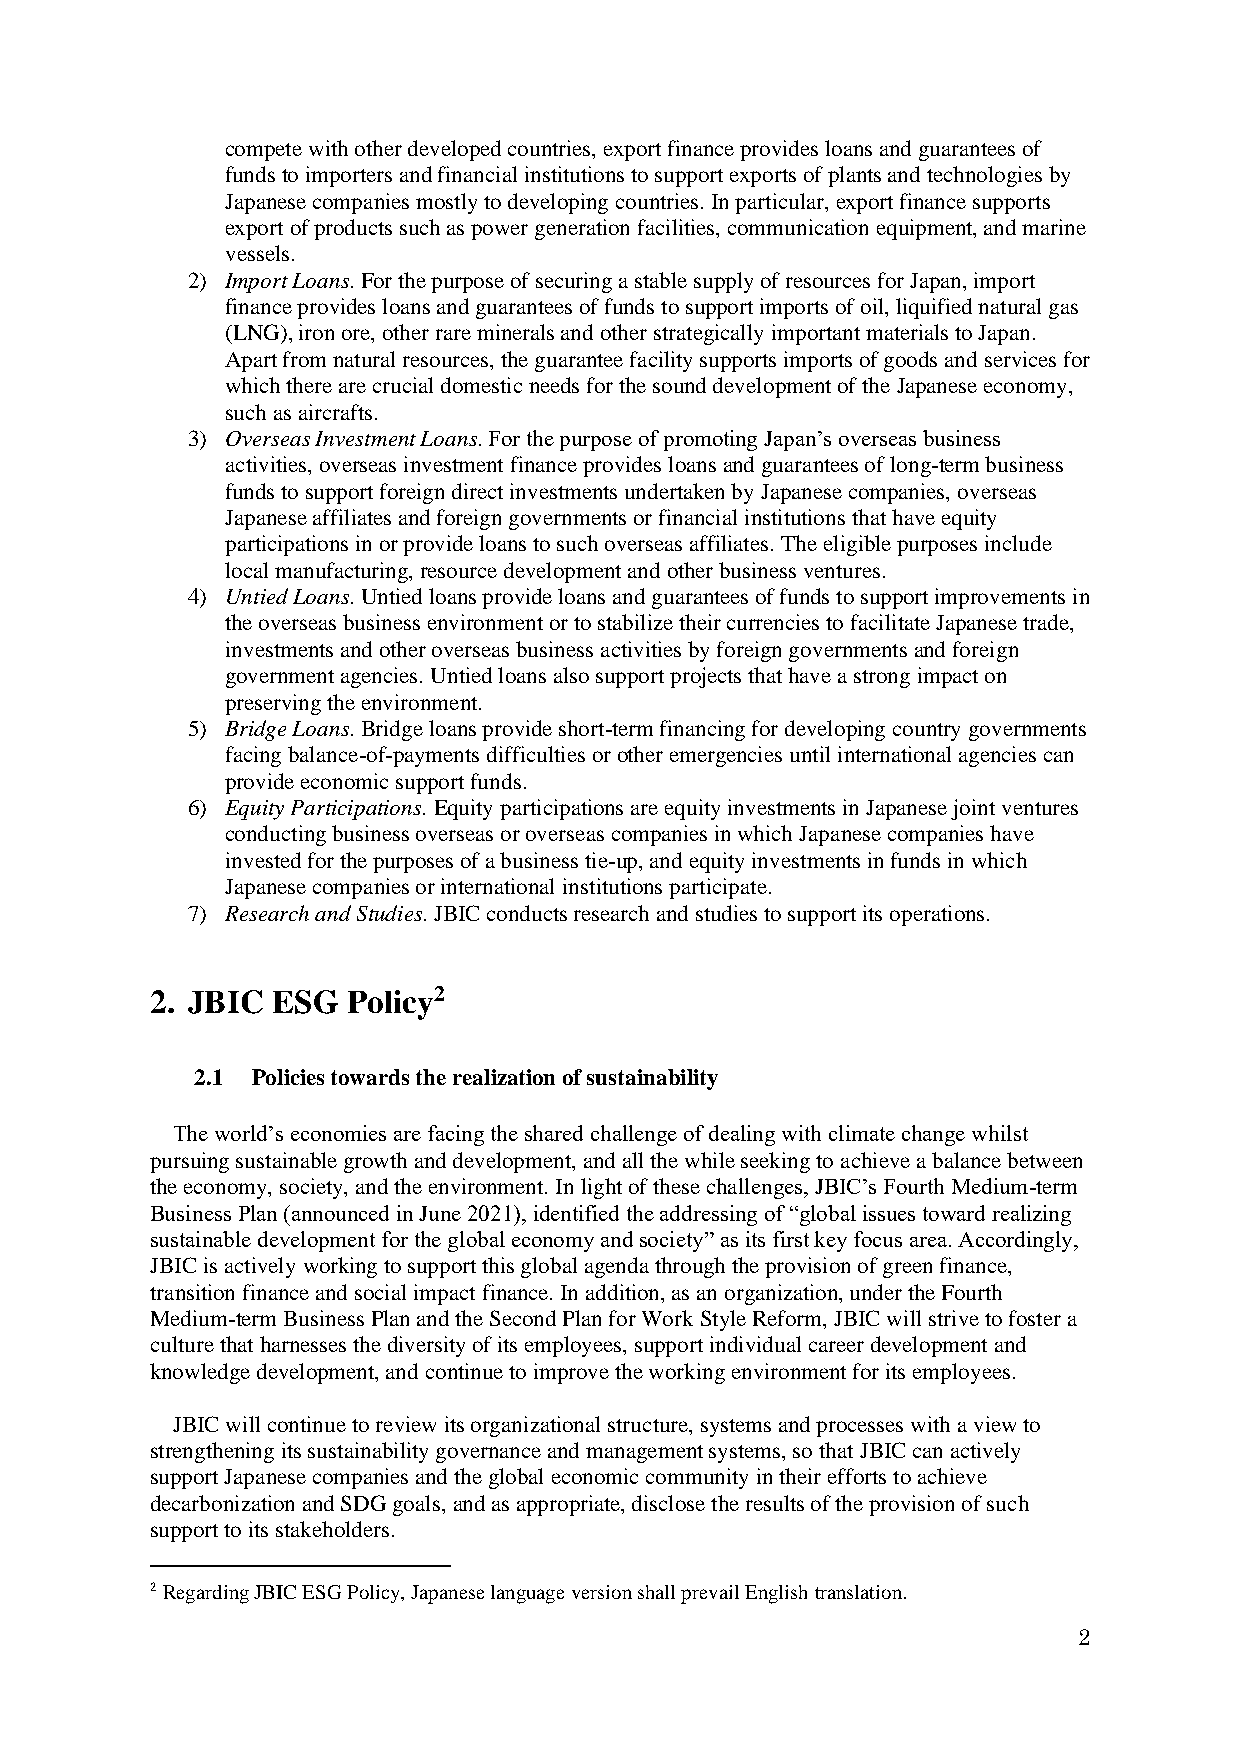
compete with other developed countries, export finance provides loans and guarantees of
 funds to importers and financial institutions to support exports of plants and technologies by
 Japanese companies mostly to developing countries. In particular, export finance supports
 export of products such as power generation facilities, communication equipment, and marine
 vessels.
 2) Import Loans. For the purpose of securing a stable supply of resources for Japan, import
 finance provides loans and guarantees of funds to support imports of oil, liquified natural gas
 (LNG), iron ore, other rare minerals and other strategically important materials to Japan.
 Apart from natural resources, the guarantee facility supports imports of goods and services for
 which there are crucial domestic needs for the sound development of the Japanese economy,
 such as aircrafts.
 3) Overseas Investment Loans. For the purpose of promoting Japan’s overseas business
 activities, overseas investment finance provides loans and guarantees of long-term business
 funds to support foreign direct investments undertaken by Japanese companies, overseas
 Japanese affiliates and foreign governments or financial institutions that have equity
 participations in or provide loans to such overseas affiliates. The eligible purposes include
 local manufacturing, resource development and other business ventures.
 4) Untied Loans. Untied loans provide loans and guarantees of funds to support improvements in
 the overseas business environment or to stabilize their currencies to facilitate Japanese trade,
 investments and other overseas business activities by foreign governments and foreign
 government agencies. Untied loans also support projects that have a strong impact on
 preserving the environment.
 5) Bridge Loans. Bridge loans provide short-term financing for developing country governments
 facing balance-of-payments difficulties or other emergencies until international agencies can
 provide economic support funds.
 6) Equity Participations. Equity participations are equity investments in Japanese joint ventures
 conducting business overseas or overseas companies in which Japanese companies have
 invested for the purposes of a business tie-up, and equity investments in funds in which
 Japanese companies or international institutions participate.
 7) Research and Studies. JBIC conducts research and studies to support its operations.
 2. JBIC ESG  Policy2
 2.1 Policies towards the realization of sustainability
 The world’s economies are facing the shared challenge of dealing with climate change whilst
 pursuing sustainable growth and development, and all the while seeking to achieve a balance between
 the economy, society, and the environment. In light of these challenges, JBIC’s Fourth Medium-term
 Business Plan (announced in June 2021), identified the addressing of “global issues toward realizing
 sustainable development for the global economy and society” as its first key focus area. Accordingly,
 JBIC is actively working to support this global agenda through the provision of green finance,
 transition finance and social impact finance. In addition, as an organization, under the Fourth
 Medium-term Business Plan and the Second Plan for Work Style Reform, JBIC will strive to foster a
 culture that harnesses the diversity of its employees, support individual career development and
 knowledge development, and continue to improve the working environment for its employees.
 JBIC will continue to review its organizational structure, systems and processes with a view to
 strengthening its sustainability governance and management systems, so that JBIC can actively
 support Japanese companies and the global economic community in their efforts to achieve
 decarbonization and SDG goals, and as appropriate, disclose the results of the provision of such
 support to its stakeholders.
 2 Regarding JBIC ESG Policy, Japanese language version shall prevail English translation.
 2